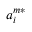
a _ { i } ^ { m * }